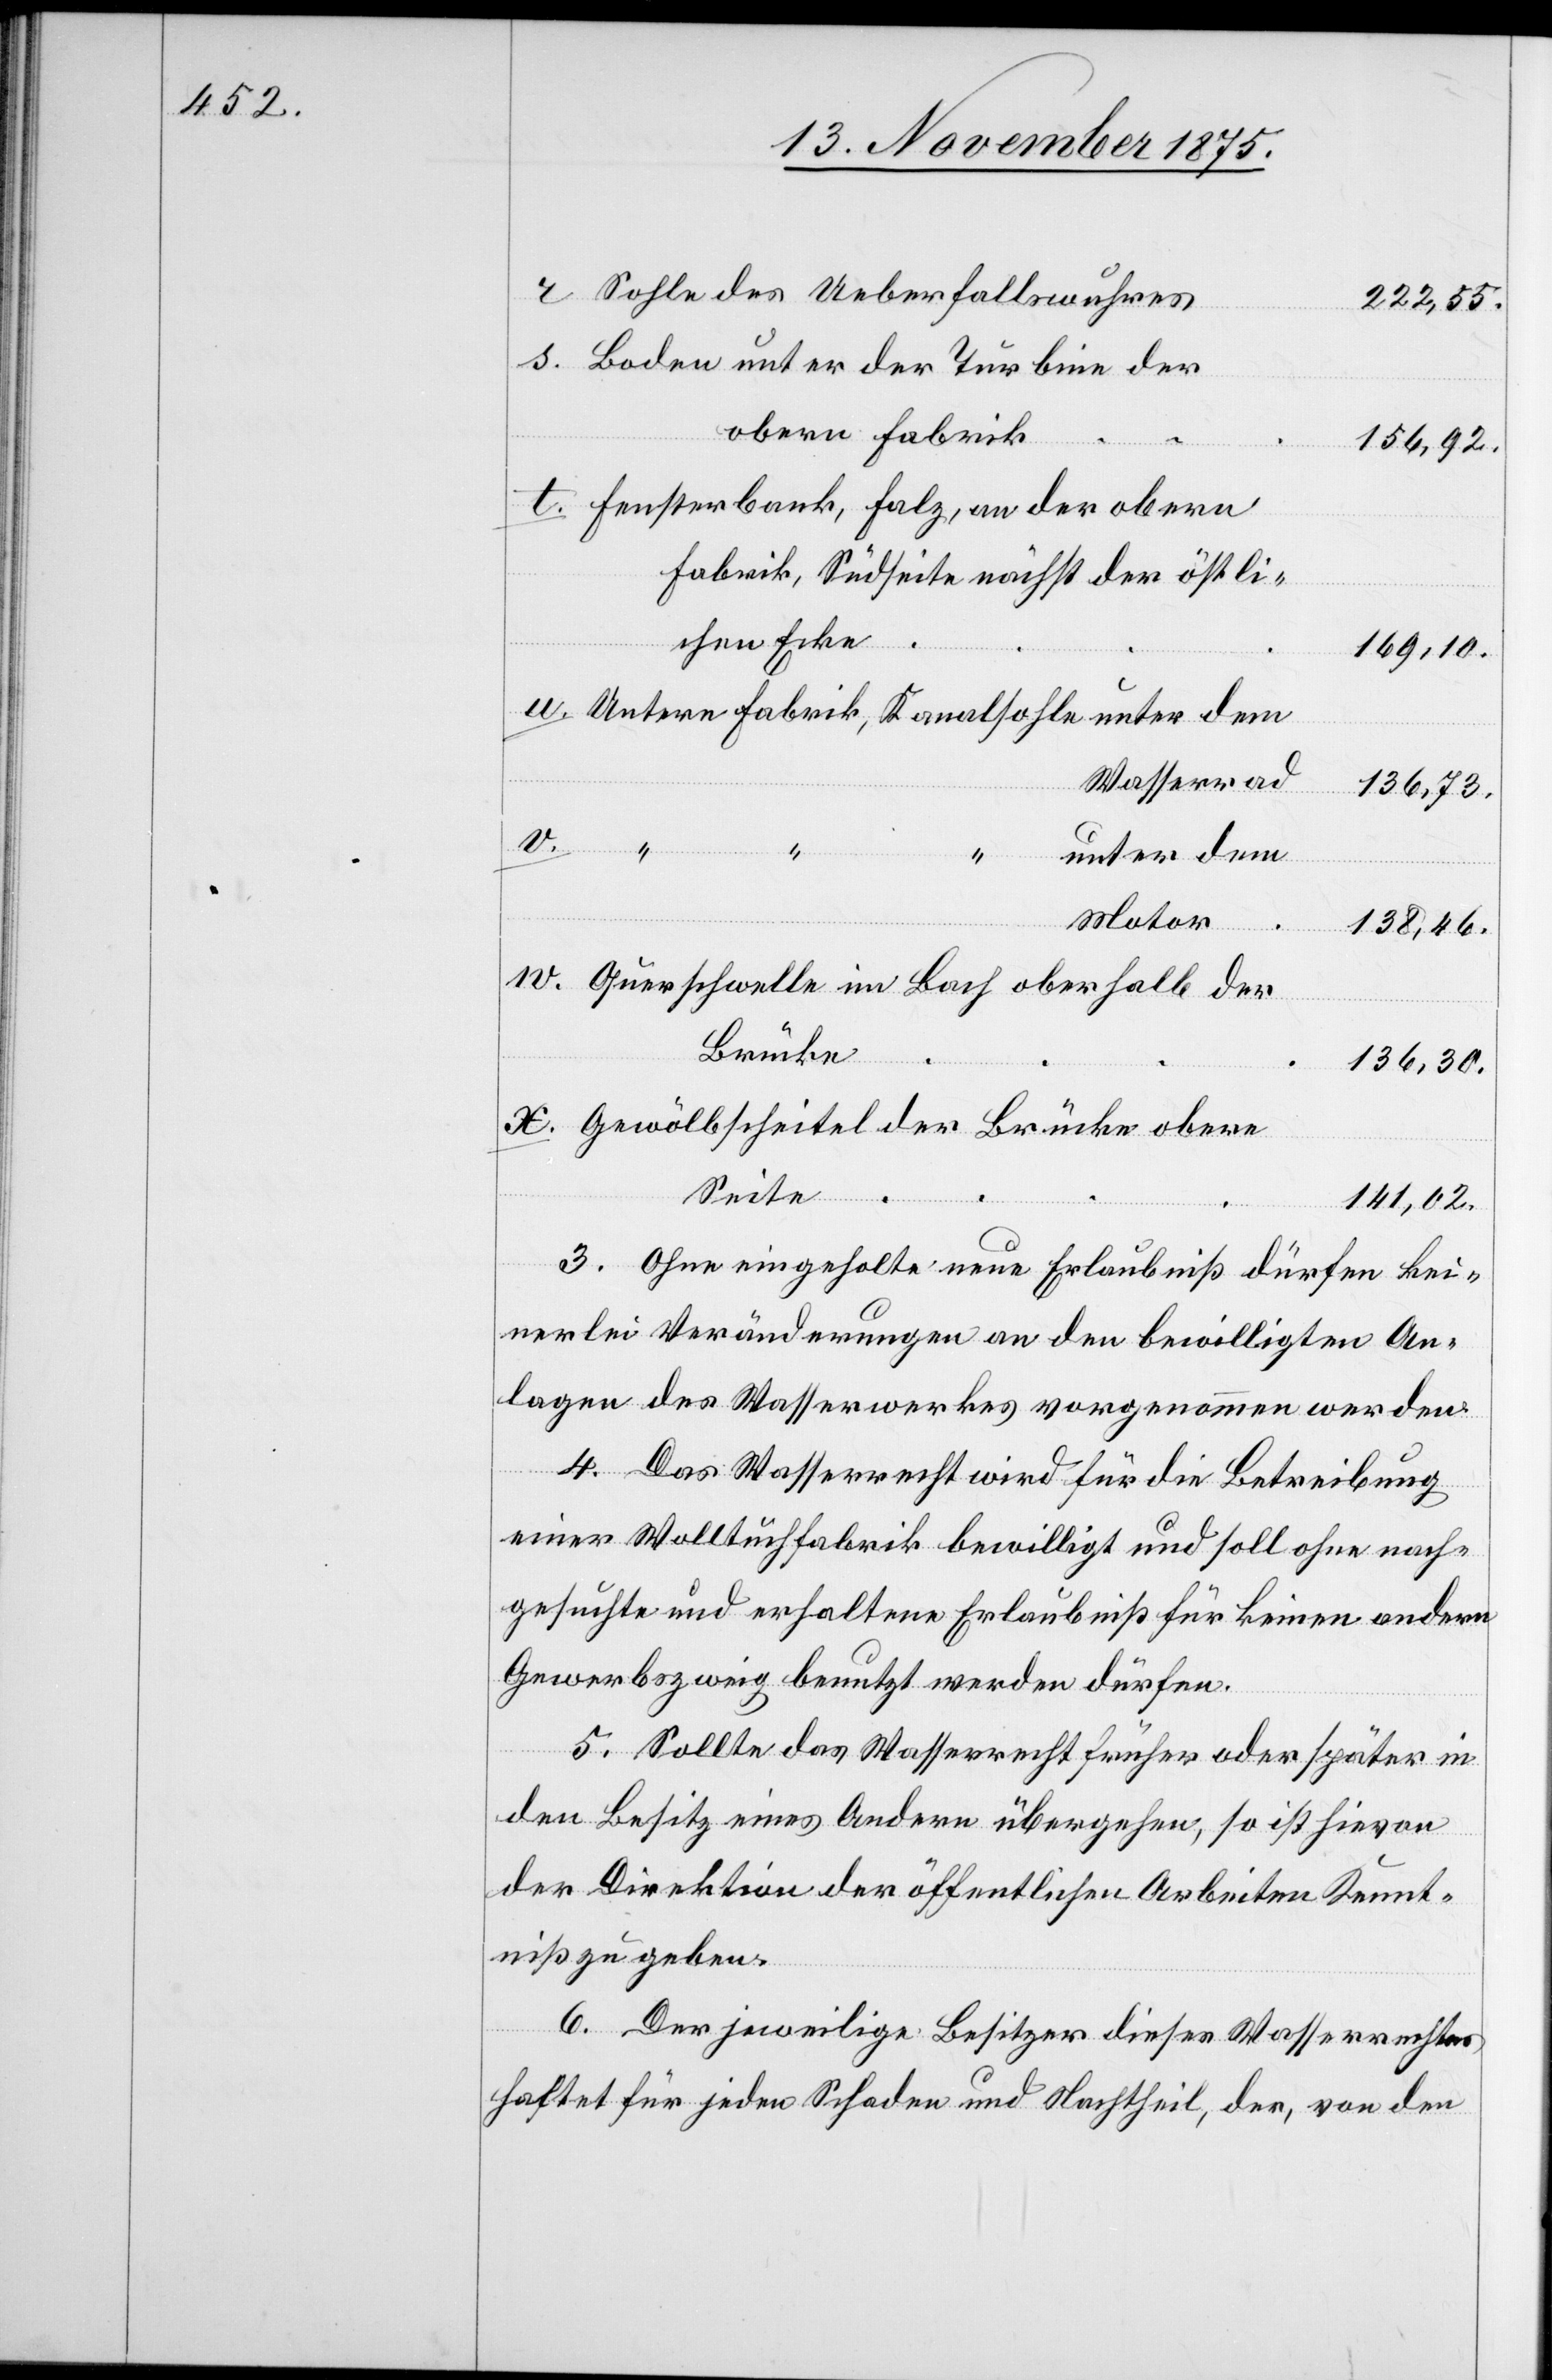
Sohle des Ueberfallswuhres
222,55.
w.
Boden unter der Turbine der
obern Fabrik
u.
156,92.
Fensterbank, Falz, an der obern
Fabrik, Südseite nächst der östli¬
chen Ecke
169,10.
Untere Fabrik, Kanalsohle unter dem
Wasserrad
136,73.
v.
“ “ “
unter dem
Motor
t.
138,46.
Querschwelle im Bach oberhalb der
Brücke
136,30.
Gewölbscheitel der Brücke obere
Seite
141,02.
3. Ohne eingeholte neue Erlaubniß dürfen kei¬
nerlei Veränderungen an den bewilligten An¬
lagen des Wasserwerkes vorgenommen werden.
4. Das Wasserrecht wird für die Betreibung
einer Wolltuchfabrik bewilligt und soll ohne nach¬
gesuchte und erhaltene Erlaubniß für keinen andern
Gewerbszweig benutzt werden dürfen.
5. Sollte das Wasserrecht früher oder später in
den Besitz eines Andern übergehen, so ist hievon
der Direktion der öffentlichen Arbeiten Kennt¬
niß zu geben.
6. Der jeweilige Besitzer dieses Wasserechtes
haftet für jeden Schaden und Nachtheil, der, von den